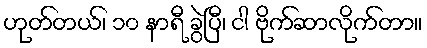
ဟုတ်တယ်၊ ၁၀ နာရီ ခွဲပြီ၊ ငါ ဗိုက်ဆာလိုက်တာ။